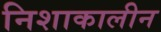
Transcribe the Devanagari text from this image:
निशाकालीन